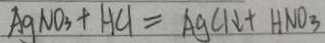
A g N O _ { 3 } + H C l = A g C l \downarrow + H N O _ { 3 }